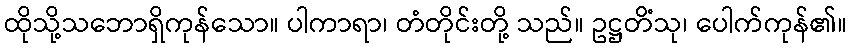
ထိုသို့သဘောရှိကုန်သော။ ပါကာရာ၊ တံတိုင်းတို့ သည်။ ဥဋ္ဌတိံသု၊ ပေါက်ကုန်၏။